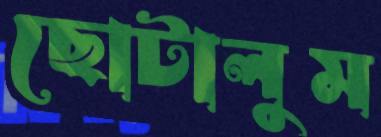
ছোটালুম